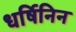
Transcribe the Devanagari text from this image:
धर्षिनिन